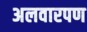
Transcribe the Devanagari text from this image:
अलवारपण